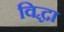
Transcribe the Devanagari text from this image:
विद्धा